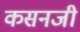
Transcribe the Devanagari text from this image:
कसनजी